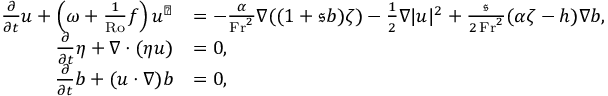
\begin{array} { r l } { \frac { \partial } { \partial t } \boldsymbol { u } + \left( \omega + \frac { 1 } { \mathrm { R o } } f \right) \boldsymbol { u } ^ { \perp } } & { = - \frac { \alpha } { \mathrm { F r } ^ { 2 } } \nabla ( ( 1 + \mathfrak { s } b ) \zeta ) - \frac { 1 } { 2 } \nabla | \boldsymbol { u } | ^ { 2 } + \frac { \mathfrak { s } } { 2 \, \mathrm { F r } ^ { 2 } } ( \alpha \zeta - h ) \nabla b , } \\ { \frac { \partial } { \partial t } \eta + \nabla \cdot ( \eta \boldsymbol { u } ) } & { = 0 , } \\ { \frac { \partial } { \partial t } b + ( \boldsymbol { u } \cdot \nabla ) b } & { = 0 , } \end{array}